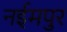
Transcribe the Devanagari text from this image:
नईमपुर